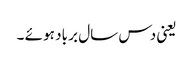
یعنی دس سال بر باد ہو ئے ۔